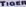
TIGER